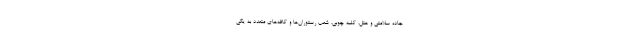
جاده سلامتی و هتل، کلبه چوبی، شعب رستوران‌ها و کافه‌های متعدد به یکی